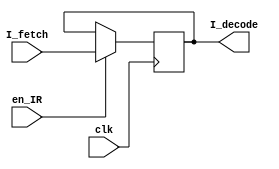
`timescale 1ns / 1ps
/*
The instruction register stores the current instruction to be executed from the program memory location pointed
by the program counter. This register remains unchanged for all four operating cycles. 
*/
module Instruction_Register(clk,en_IR,I_fetch,I_decode);
 
  input             clk;
  input             en_IR;   
  input      [15:0] I_fetch;
  output reg [15:0] I_decode;


  always@(posedge clk)
  begin
    if(en_IR)
       I_decode <= I_fetch;		//New instruction is loaded only if register loading is enabled
  end

endmodule
/*
module IR_test;

reg [15:0] I_fetch;
wire [15:0] I_decode;
reg clk,en;

 Instruction_Register uut(clk,en_IR,I_fetch,I_decode);

initial begin
clk = 0;
en = 0;
end

always #10 clk = ~clk;
always #25 I_fetch = $random;
always #100 en = ~en;

endmodule*/